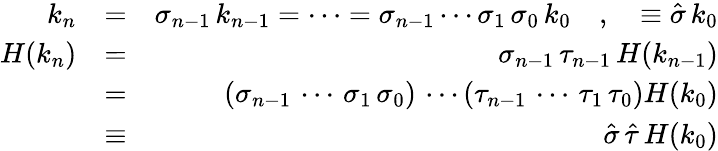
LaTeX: \begin{array}{rlr}{k_{n}}&{=}&{\sigma_{n-1}\, k_{n-1}=\cdots=\sigma_{n-1}\cdots\sigma_{1}\, \sigma_{0}\, k_{0}\quad,\quad\equiv\hat{\sigma}\, k_{0}}\\ {H(k_{n})}&{=}&{\sigma_{n-1}\, \tau_{n-1}\, H(k_{n-1})}\\ &{=}&{\left(\sigma_{n-1}\, \cdots\, \sigma_{1}\, \sigma_{0}\right)\, \cdots\left(\tau_{n-1}\, \cdots\, \tau_{1}\, \tau_{0}\right)H(k_{0})}\\ &{\equiv}&{\hat{\sigma}\, \hat{\tau}\, H(k_{0})}\end{array}